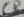
Text: C8